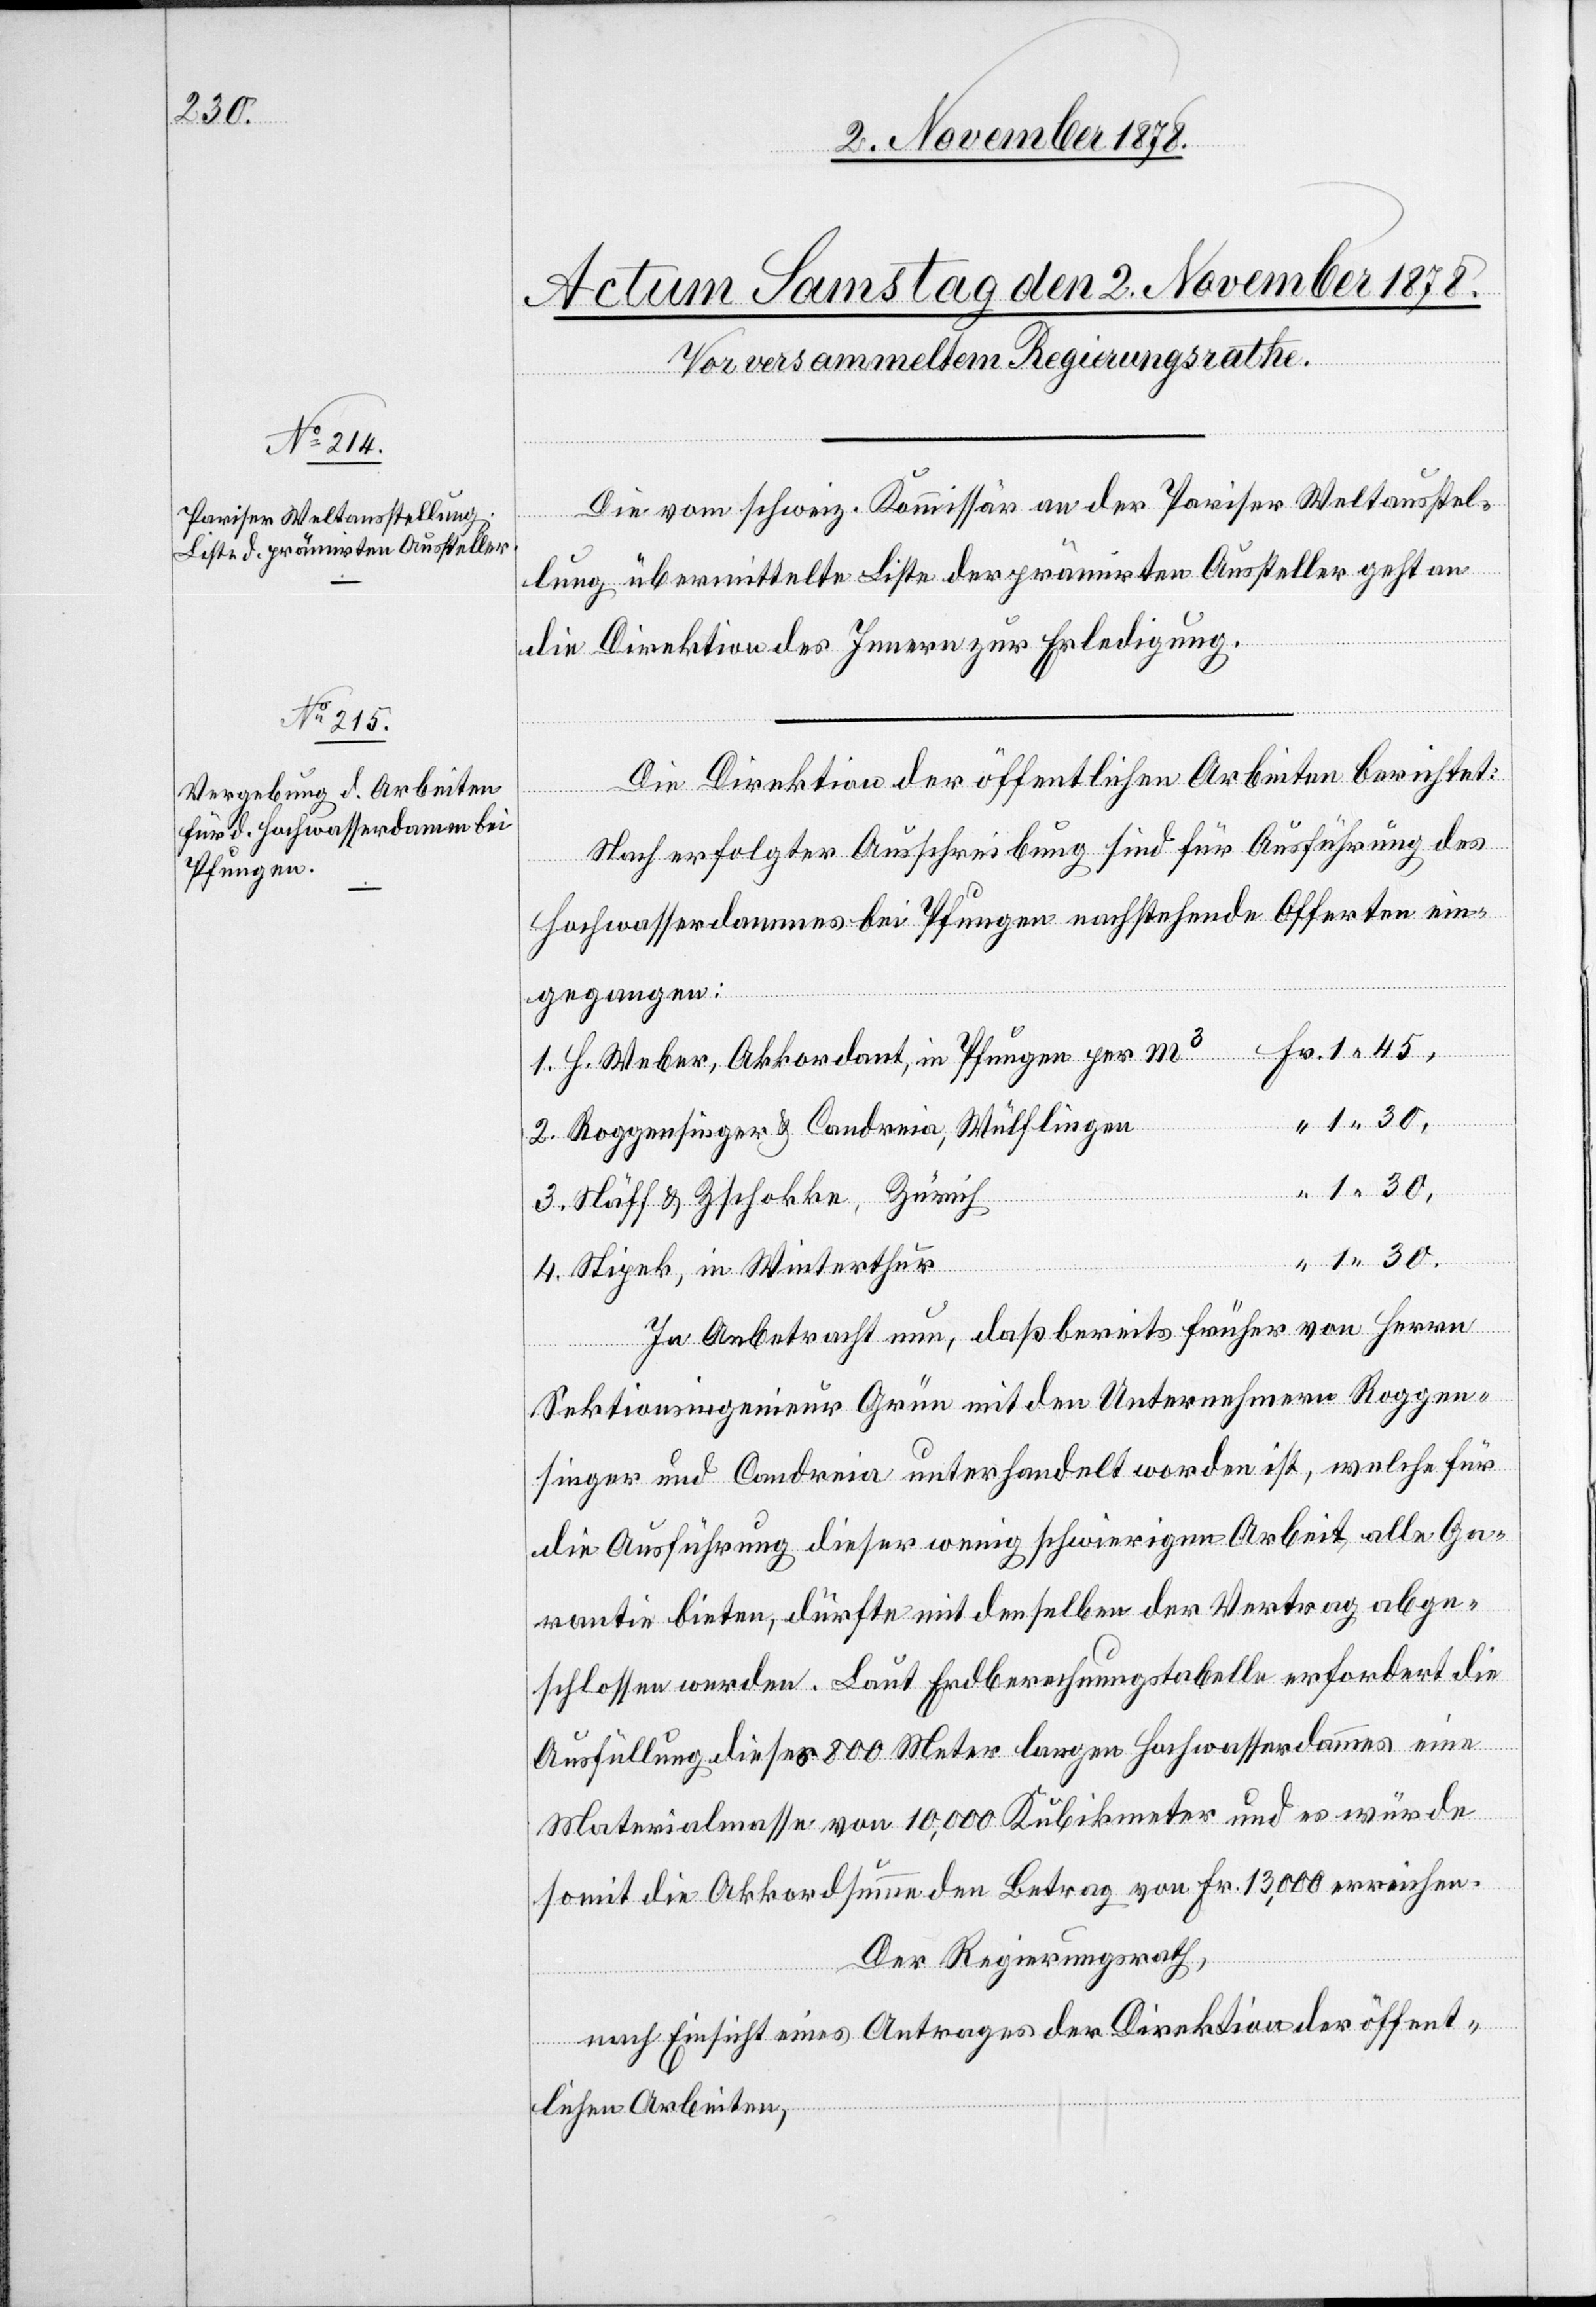
1 30.

Die vom schweiz. Kommissär an der Pariser Weltausstel¬
lung übermittelte Liste der prämirten Aussteller geht an
die Direktion des Innern zur Erledigung.
Die Direktion der öffentlichen Arbeiten berichtet:
Nach erfolgter Ausschreibung sind für Ausführung des
Hochwasserdammes bei Pfungen nachstehende Offerten ein¬
gegangen:
1. H. Weber, Akkordant, in Pfungen per m3 Fr. 1 45,
2. Roggensinger & Candreia, Wülflingen
“ 1 30,
3. Näff & Zschokke, Zürich
4. Stipek, in Winterthur
In Anbetracht nun, daß bereits früher von Herren
Sektionsingenieur Gründ mit den Unternehmern Roggen¬
singer und Candreia unterhandelt worden ist, welche für
die Ausführung dieser wenig schwierigen Arbeit, alle Ga¬
rantie bieten, dürfte mit denselben der Vertrag abge¬
schlossen werden. Laut Endberechnungstabelle erfordert die
Ausfüllung dieses 800 Meter langen Hochwasserdammes eine
Materialmasse von 10,000 Kubikmeter und es würde
somit die Akkordsumme den Betrag von Fr. 13,000 erreichen.
Der Regierungsrath,
nach Einsicht eines Antrages der Direktion der öffent¬
lichen Arbeiten,